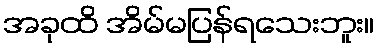
အခုထိ အိမ်မပြန်ရသေးဘူး။